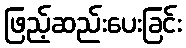
ဖြည့်ဆည်းပေးခြင်း